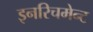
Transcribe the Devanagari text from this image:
इनरिचमेन्ट